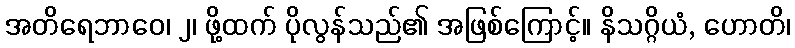
အတိရေဘာဝေ၊ ၂၊ ဖို့ထက် ပိုလွန်သည်၏ အဖြစ်ကြောင့်။ နိသဂ္ဂိယံ, ဟောတိ၊